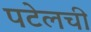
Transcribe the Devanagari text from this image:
पटेलची